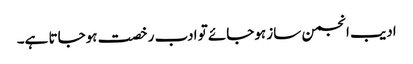
ادیب انجمن ساز ہوجائے تو ادب رخصت ہوجاتا ہے۔